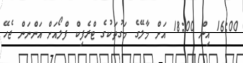
16:00 އިން 18:00 އަށް މާލޭގެ މަގުތަކުގެ ޓްރެފިކް ފްލޯއަށް އަންނަން ޖެހޭ